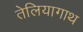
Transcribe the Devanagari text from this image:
तेलियागाथ